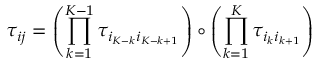
\tau _ { i j } = \left( \prod _ { k = 1 } ^ { K - 1 } \tau _ { i _ { K - k } i _ { K - k + 1 } } \right) \circ \left( \prod _ { k = 1 } ^ { K } \tau _ { { i _ { k } } i _ { k + 1 } } \right)